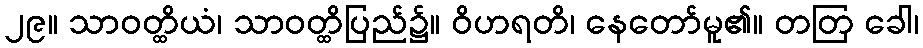
၂၉။ သာဝတ္ထိယံ၊ သာဝတ္ထိပြည်၌။ ဝိဟရတိ၊ နေတော်မူ၏။ တတြ ခေါ၊